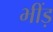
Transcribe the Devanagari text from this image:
भींड़